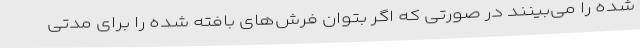
شده را می‌بینند در صورتی که اگر بتوان فرش‌های بافته شده را برای مدتی